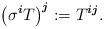
LaTeX: \begin{align*} \left( \sigma^{\boldsymbol{i} } T \right)^{\boldsymbol{j} } := T^{\boldsymbol{i} \boldsymbol{j} } . \end{align*}